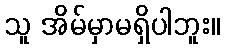
သူ အိမ်မှာမရှိပါဘူး။